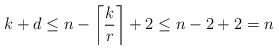
LaTeX: \begin{align*}k + d \leq n-\left\lceil\frac{k}{r}\right\rceil+2 \leq n-2+2 = n\end{align*}